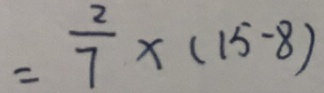
= \frac { 2 } { 7 } \times ( 1 5 - 8 )